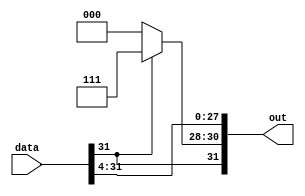
module four_bit_right_shift(data, out);
    input [31:0] data;
    output [31:0] out;

    assign out[27:0] = data[31:4];
    assign out[30:28] = data[31] ? 3'b111 : 3'b0;
    assign out[31] = data[31];
    
endmodule